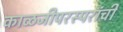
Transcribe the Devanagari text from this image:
काळजीपरस्परांची